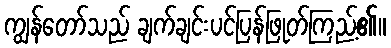
ကျွန်တော်သည် ချက်ချင်းပင်ပြန်ဖြုတ်ကြည့်၏။